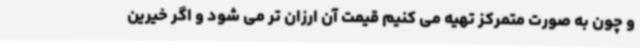
و چون به صورت متمرکز تهیه می کنیم قیمت آن ارزان تر می شود و اگر خیرین